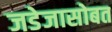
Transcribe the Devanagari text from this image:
जडेजासोबत